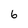
Character: 6